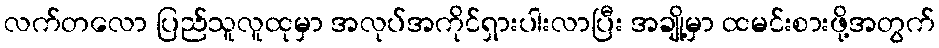
လက်တလော ပြည်သူလူထုမှာ အလုပ်အကိုင်ရှားပါးလာပြီး အချို့မှာ ထမင်းစားဖို့အတွက်